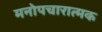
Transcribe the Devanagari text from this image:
मनोपचारात्मक